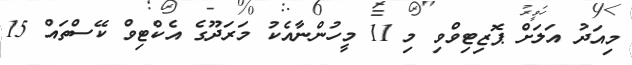
މިއަދު އަލަށް ޕޮޒިޓިވްވި މި 11 މީހުންނާއެކު މަރަދޫގެ އެކްޓިވް ކޭސްތައް 15